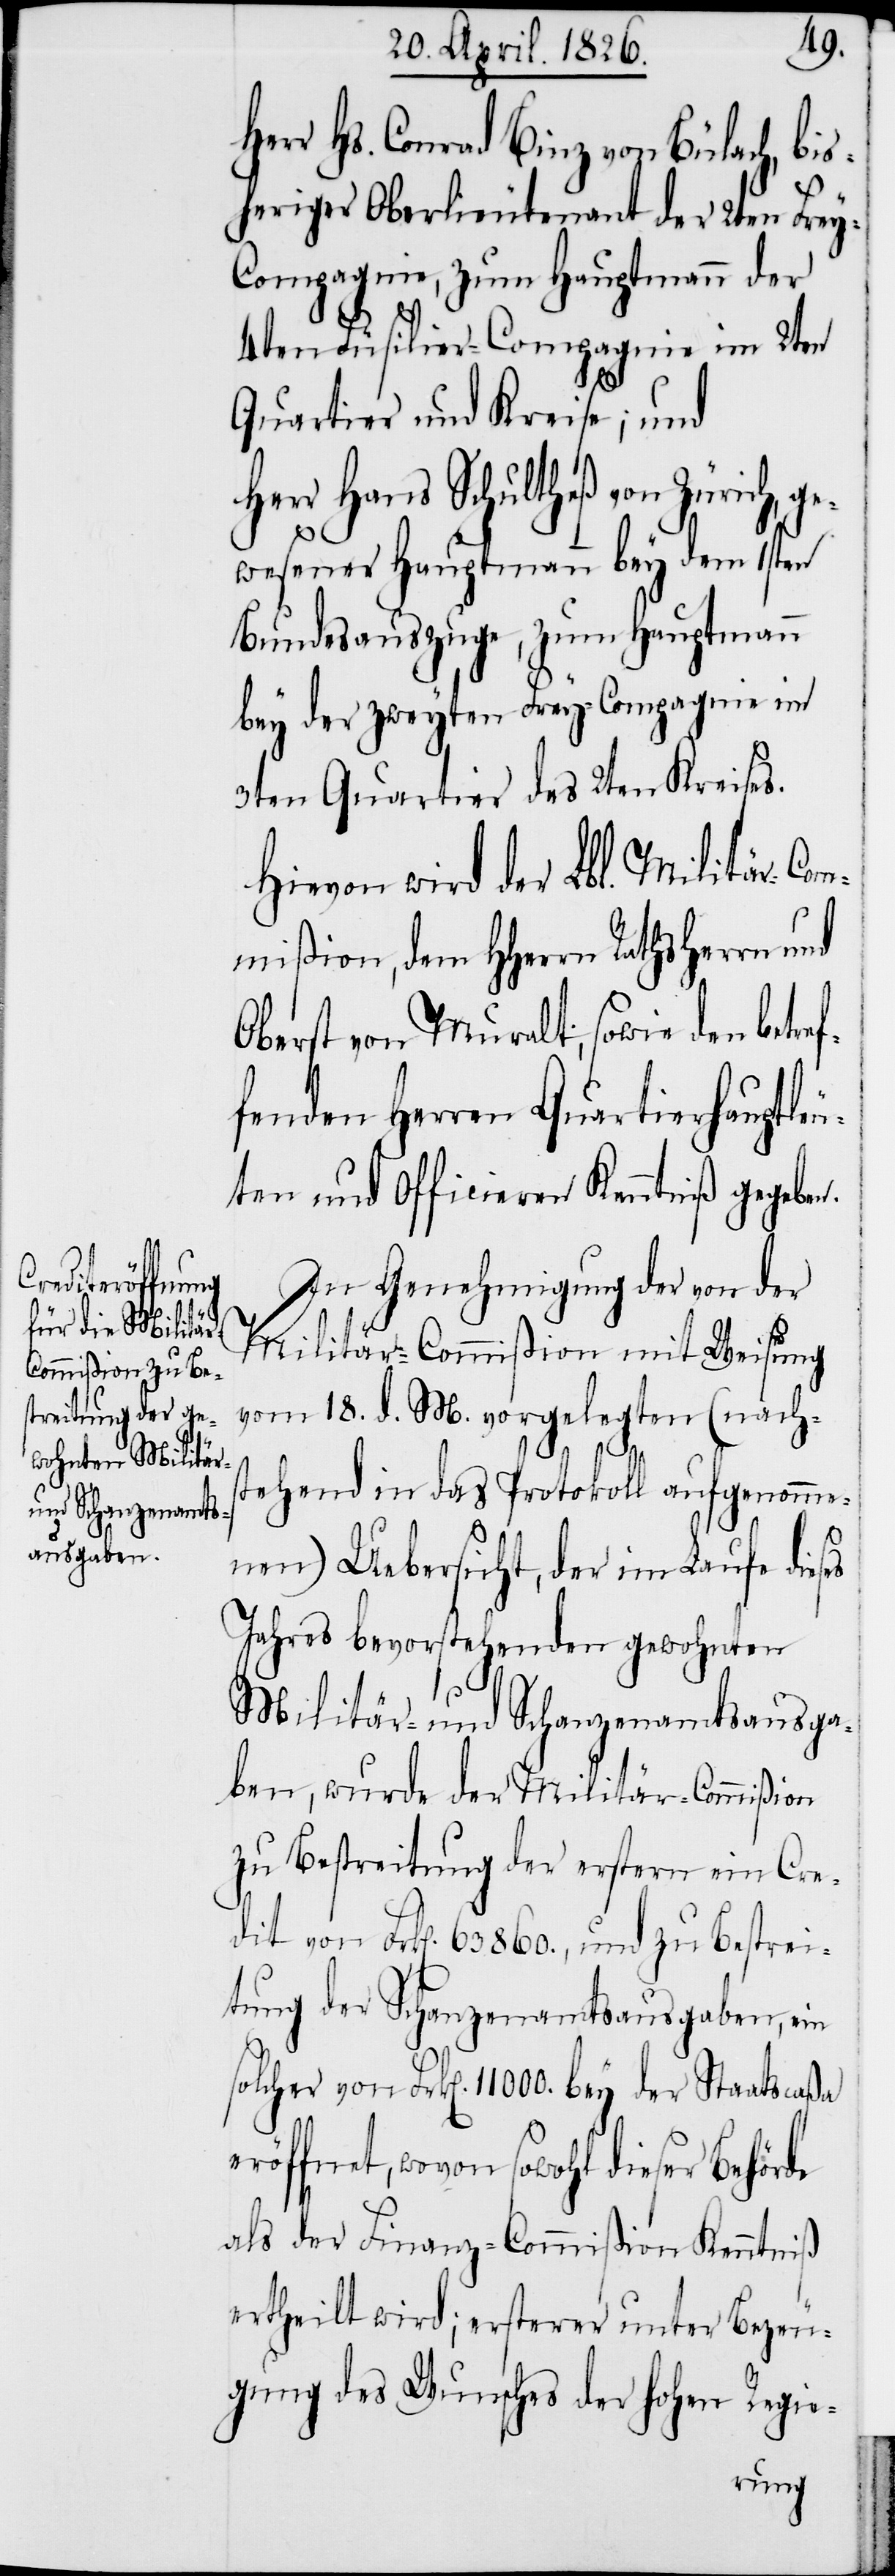
entsprechen
für die hierseitig

Herr Hs. Conrad Binz von Bülach, bis¬
heriger Oberlieutenant der 2ten Fre¬
y-Compagnie, zum Hauptmann der
4ten Füsilier-Compagnie im 2ten
Quartier und Kreise; und
Herr Hans Schultheß von Zürich, ge¬
wesener Hauptmann bey dem 1sten
Bundesauszuge, zum Hauptmann
bey der zweyten Frey-Compagnie im
3ten Quartier des 2ten Kreises.
Hievon wird der Lbl. Militär-Com¬
mißion, dem HHerrn Rathsherrn und
Oberst von Muralt; sowie den betref¬
fenden Herren Quartierhauptleu¬
ten und Officieren Kenntniß gegeben.
In Genehmigung der von der
Militär-Commißion mit Weisung
vom 18. d. M. vorgelegten (nachs¬
die
tehend in das Protokoll aufgenomme¬
nen) Uebersicht, der im Laufe dieses
Jahres bevorstehenden gewohnten
Militär- und Schanzenamtsausga¬
ben, wurde der Militär-Commißion
zu Bestreitung der erstern ein Cre¬
dit von Frk[en]. 63 860., und zu Bestrei¬
tung der Schanzenamtsausgaben, ein
gelegt, ob und in wie ferne
als der Finanz-Commißion Kenntniß
ertheilt wird; ersterer unter Bezeu¬
gung des Wunsches der hohen Regie-